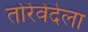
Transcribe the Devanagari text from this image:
तोर्रेवेदेला